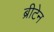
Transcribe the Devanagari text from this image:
ब्रीटेन